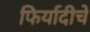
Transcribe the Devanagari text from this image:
फिर्यादीचे